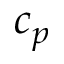
c _ { p }